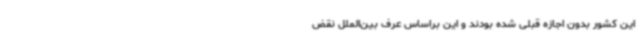
این کشور بدون اجازه قبلی شده بودند و این براساس عرف بین‌الملل نقض